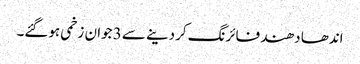
اندھا دھند فائرنگ کردینے سے 3 جوان زخمی ہوگئے۔